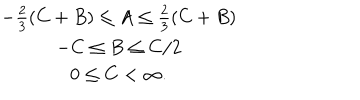
\begin{array} { c } { { - \frac { 2 } { 3 } ( C + B ) \leq A \leq \frac { 2 } { 3 } ( C + B ) } } \\ { { - C \leq B \leq C / 2 } } \\ { { 0 \leq C < \infty . } } \\ \end{array}